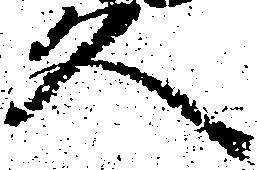
久